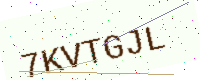
Text: 7KVTGJL